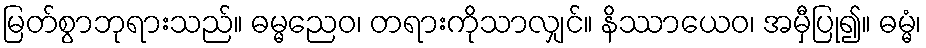
မြတ်စွာဘုရားသည်။ ဓမ္မညေဝ၊ တရားကိုသာလျှင်။ နိဿာယေဝ၊ အမှီပြု၍။ ဓမ္မံ၊